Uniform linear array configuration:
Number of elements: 12
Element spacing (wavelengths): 0.75
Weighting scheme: binomial
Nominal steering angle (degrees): -30
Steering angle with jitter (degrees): -31.066
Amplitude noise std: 0.05
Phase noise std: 0.05

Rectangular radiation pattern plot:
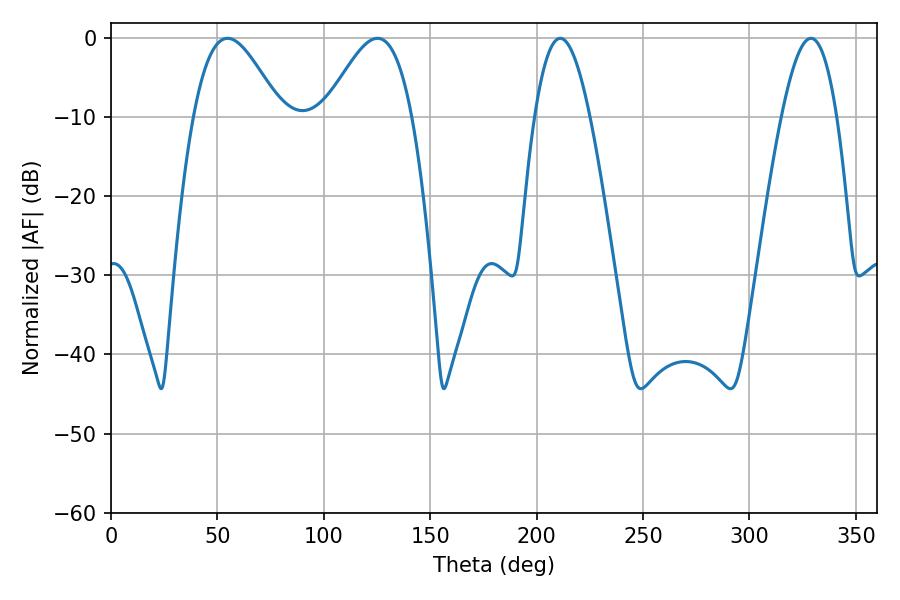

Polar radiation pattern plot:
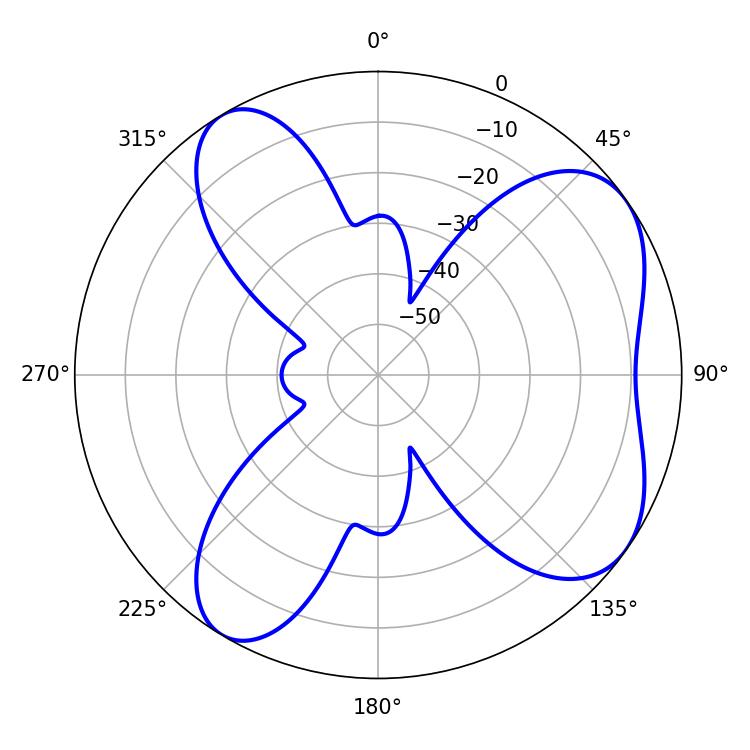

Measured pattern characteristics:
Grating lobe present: TRUE
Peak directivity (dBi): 6.425
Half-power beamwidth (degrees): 21.96
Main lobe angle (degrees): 125.28